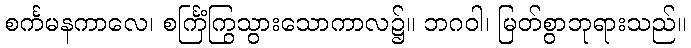
စင်္ကမနကာလေ၊ စင်္ကြံကြွသွားသောကာလ၌။ ဘဂဝါ၊ မြတ်စွာဘုရားသည်။